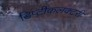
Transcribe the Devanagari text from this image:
डिप्टीकलक्टरी